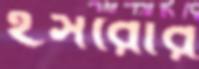
ইসরোর